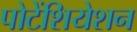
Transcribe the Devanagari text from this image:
पोटेंशियेशन